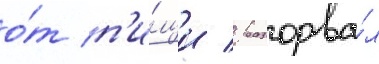
о́т п'и́щи / разорва́л